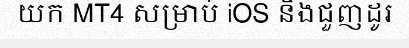
យក MT4 សម្រាប់ iOS និងជួញដូរ